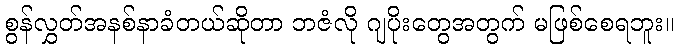
စွန်လွှတ်အနစ်နာခံတယ်ဆိုတာ ဘဇံလို ဂျပိုးတွေအတွက် မဖြစ်စေရဘူး။